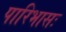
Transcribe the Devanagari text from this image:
पारिभासः